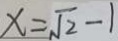
x = \sqrt { 2 } - 1